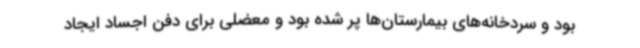
بود و سردخانه‌های بیمارستان‌ها پر شده بود و معضلی برای دفن اجساد ایجاد